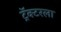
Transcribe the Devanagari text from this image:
ट्रॅक्टरला